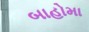
બાહોમા